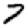
Digit: 7